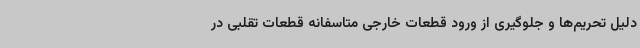
دلیل تحریم‌ها و جلوگیری از ورود قطعات خارجی متاسفانه قطعات تقلبی در